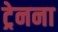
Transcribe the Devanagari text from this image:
ट्रेनना